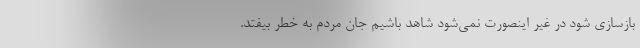
بازسازی شود در غیر اینصورت نمی‌شود شاهد باشیم جان مردم به خطر بیفتد.